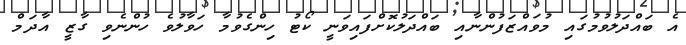
އެ ބައްދަލުވުމުގައި މުވައްޒަފުންނާއި ބައްދަލުކޮށްފައިވަނީ ކޯޓު ހިންގެވުމާ ހަވާލުވެ ހުންނެވި ގާޒީ އާދަމް